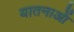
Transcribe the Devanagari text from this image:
यातनाआें